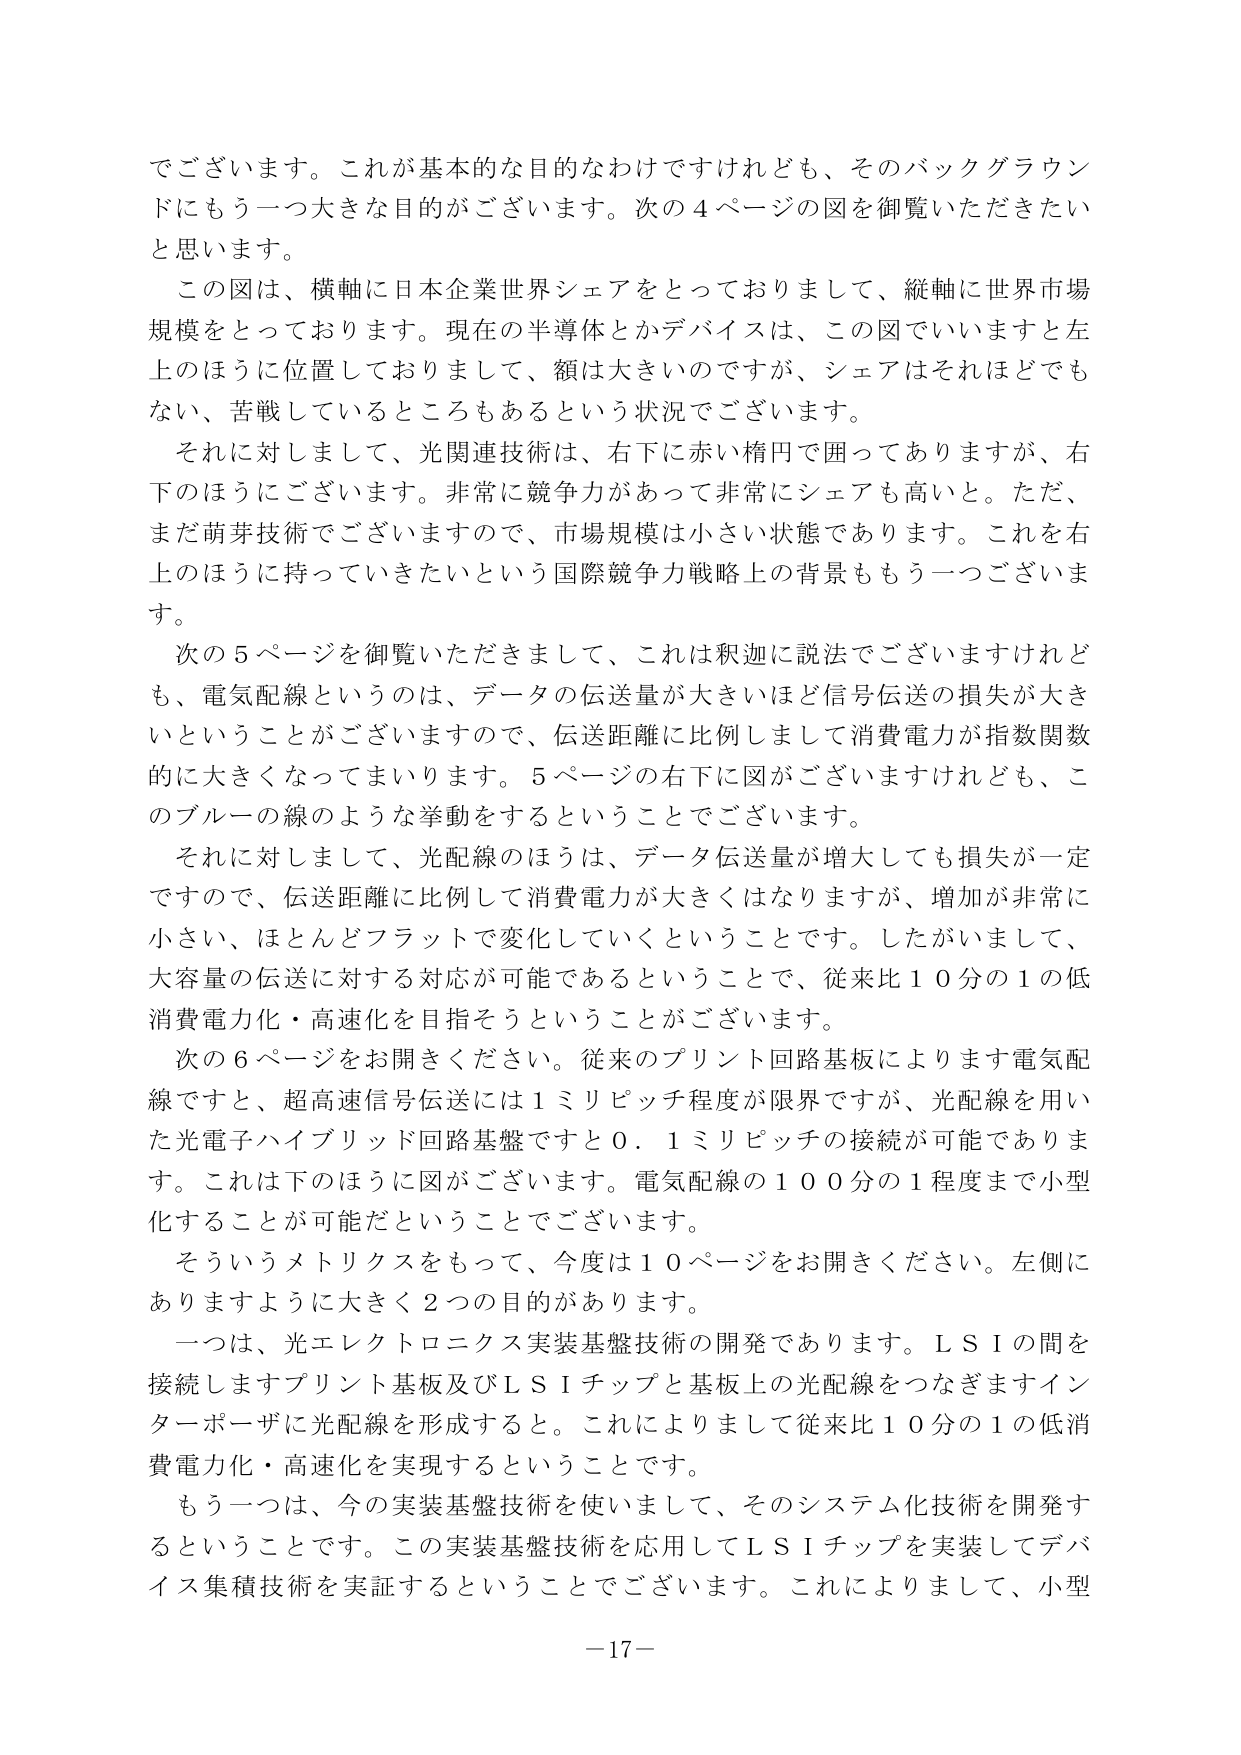
でございます。これが基本的な目的なわけですが、そのバックグラウンドにもう一つ大きな目的がございます。次の４ページの図を御覧いただきたいと思います。

この図は、横軸に日本企業世界シェアをとっておりまして、縦軸に世界市場規模をとっております。現在の半導体とかデバイスは、この図でいいますと左上のほうに位置しておりまして、額は大きいのですが、シェアはそれほどでもない、苦戦しているところもあるという状況でございます。

それに対しまして、光関連技術は、右下に赤い楕円で囲ってありますが、右下のほうにございます。非常に競争力があって非常にシェアも高いと。ただ、まだ萌芽技術でございますので、市場規模は小さい状態であります。これを右上のほうに持っていきたいという国際競争力戦略上の背景ももう一つございます。

次の５ページを御覧いただきまして、これは釈迦に説法でございますけれども、電気配線というのは、データの伝送量が大きいほど信号伝送の損失が大きいということがございますので、伝送距離に比例しまして消費電力が指数関数的に大きくなってまいります。５ページの右下に図がございますけれども、このブルーの線のような挙動をするということでございます。

それに対しまして、光配線のほうは、データ伝送量が増大しても損失が一定ですので、伝送距離に比例して消費電力が大きくなりますが、増加が非常に小さい、ほとんどフラットで変化していくということです。したがいまして、大容量の伝送に対する対応が可能であるということで、従来比１０分の１の低消費電力化・高速化を目指そうということがございます。

次の６ページをお開きください。従来のプリント回路基板によります電気配線ですと、超高速信号伝送には１ミリピッチ程度が限界ですが、光配線を用いた光電子ハイブリッド回路基盤ですと０．１ミリピッチの接続が可能であります。これは下のほうに図がございます。電気配線の１００分の１程度まで小型化することが可能だということでございます。

そういうメトリクスをもって、今度は１０ページをお開きください。左側にありますように大きく２つの目的があります。

一つは、光エレクトロニクス実装基盤技術の開発であります。ＬＳＩの間を接続しますプリント基板及びＬＳＩチップと基板上の光配線をつなぎますインターポーザに光配線を形成すると。これによりまして従来比１０分の１の低消費電力化・高速化を実現するということです。

もう一つは、今の実装基盤技術を使いまして、そのシステム化技術を開発するということです。この実装基盤技術を応用してＬＳＩチップを実装してデバイス集積技術を実証するということでございます。これによりまして、小型

－17－